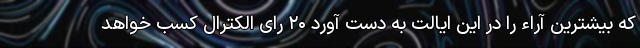
که بیشترین آراء را در این ایالت به دست آورد ۲۰ رای الکترال کسب خواهد